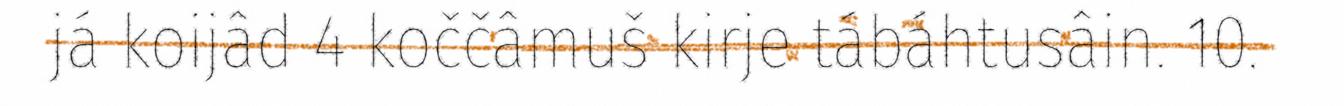
já koijâd 4 koččâmuš kirje tábáhtusâin. 10.